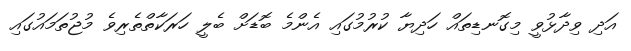
އަދި ވިދާޅުވީ މިގޮނޑިތައް ހަދިޔާ ކުރުމުގައި އެންމެ ބޮޑަށް ބެލީ ހަރަކާތްތެރިވެ މުޖުތަމައުގައި